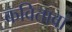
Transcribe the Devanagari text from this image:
कवितावां